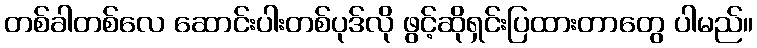
တစ်ခါတစ်လေ ဆောင်းပါးတစ်ပုဒ်လို ဖွင့်ဆိုရှင်းပြထားတာတွေ ပါမည်။